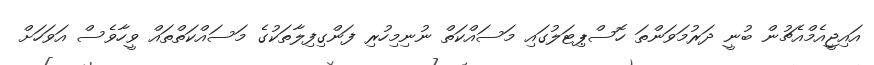
އައިޖީއެމްއެޗުން ބުނީ ދަރުމަވަންތަ ހޮސްޕިޓަލުގައި މަސައްކަތް ނުނިމިހުރި ފަންގިފިލާތަކުގެ މަސައްކަތްތައް ވީހާވެސް އަވަހަށް